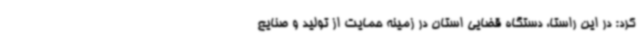
کرد: در این راستا، دستگاه قضایی استان در زمینه حمایت از تولید و صنایع